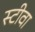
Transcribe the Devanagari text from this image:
स्टीवा